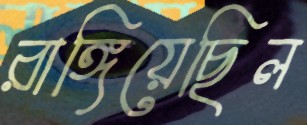
রাঙ্গিয়েছিল